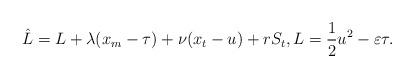
LaTeX: \begin{align*}\hat{L}=L+\lambda(x_m-\tau)+\nu(x_t-u)+rS_t,L=\frac{1}{2}u^2-\varepsilon\tau. \end{align*}